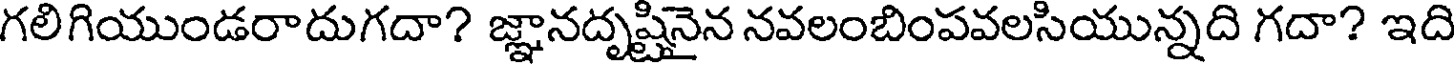
గలిగియుండరాదుగదా? జ్ఞానదృష్టినైన నవలంబింపవలసియున్నది గదా? ఇది